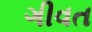
ગીવત